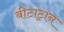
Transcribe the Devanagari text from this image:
बीटाट्रान